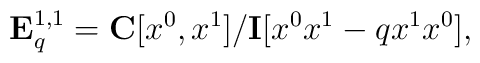
{\bf E}^{1,1}_q={\bf C}[x^0,x^1]/{\bf I}[x^0x^1-qx^1x^0],